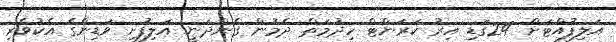
އަލިފުއްޓަށް 24ގަޑި އިރު ކަރަންޓް ހިދުމަތް ދެމުން ގެންދަނީ އަލިފުށި ވަޑިންގެ އެކުވެރި